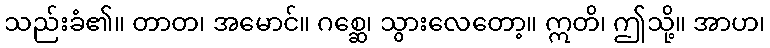
သည်းခံ၏။ တာတ၊ အမောင်။ ဂစ္ဆေ၊ သွားလေတော့။ ဣတိ၊ ဤသို့။ အာဟ၊